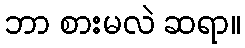
ဘာ စားမလဲ ဆရာ။